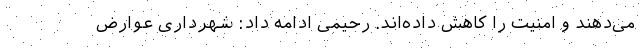
می‌دهند و امنیت را کاهش داده‌اند. رحیمی ادامه داد: شهرداری عوارض